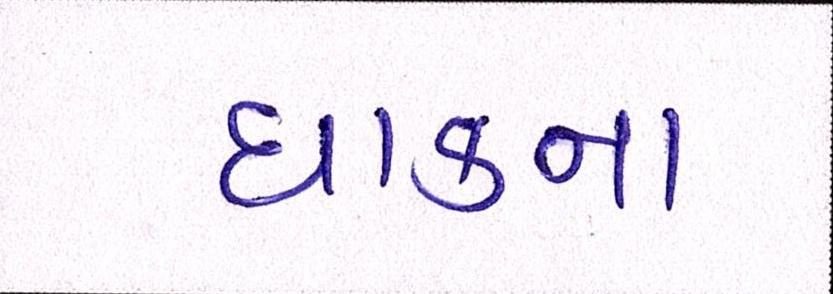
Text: ધાકના